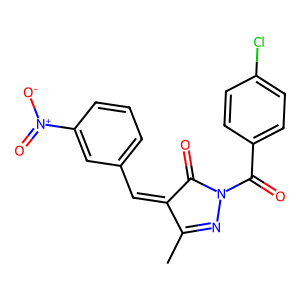
SMILES: CC1=NN(C(=O)c2ccc(Cl)cc2)C(=O)C1=Cc1cccc([N+](=O)[O-])c1
Inhibits HIV replication: No